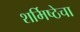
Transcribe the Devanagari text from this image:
शर्मिष्ठेचा